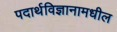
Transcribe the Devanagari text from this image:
पदार्थविज्ञानामधील